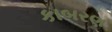
કાબરણ